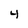
Character: 4